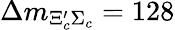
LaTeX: \Delta m_{\Xi_{c}^{\prime}\Sigma_{c}}=128